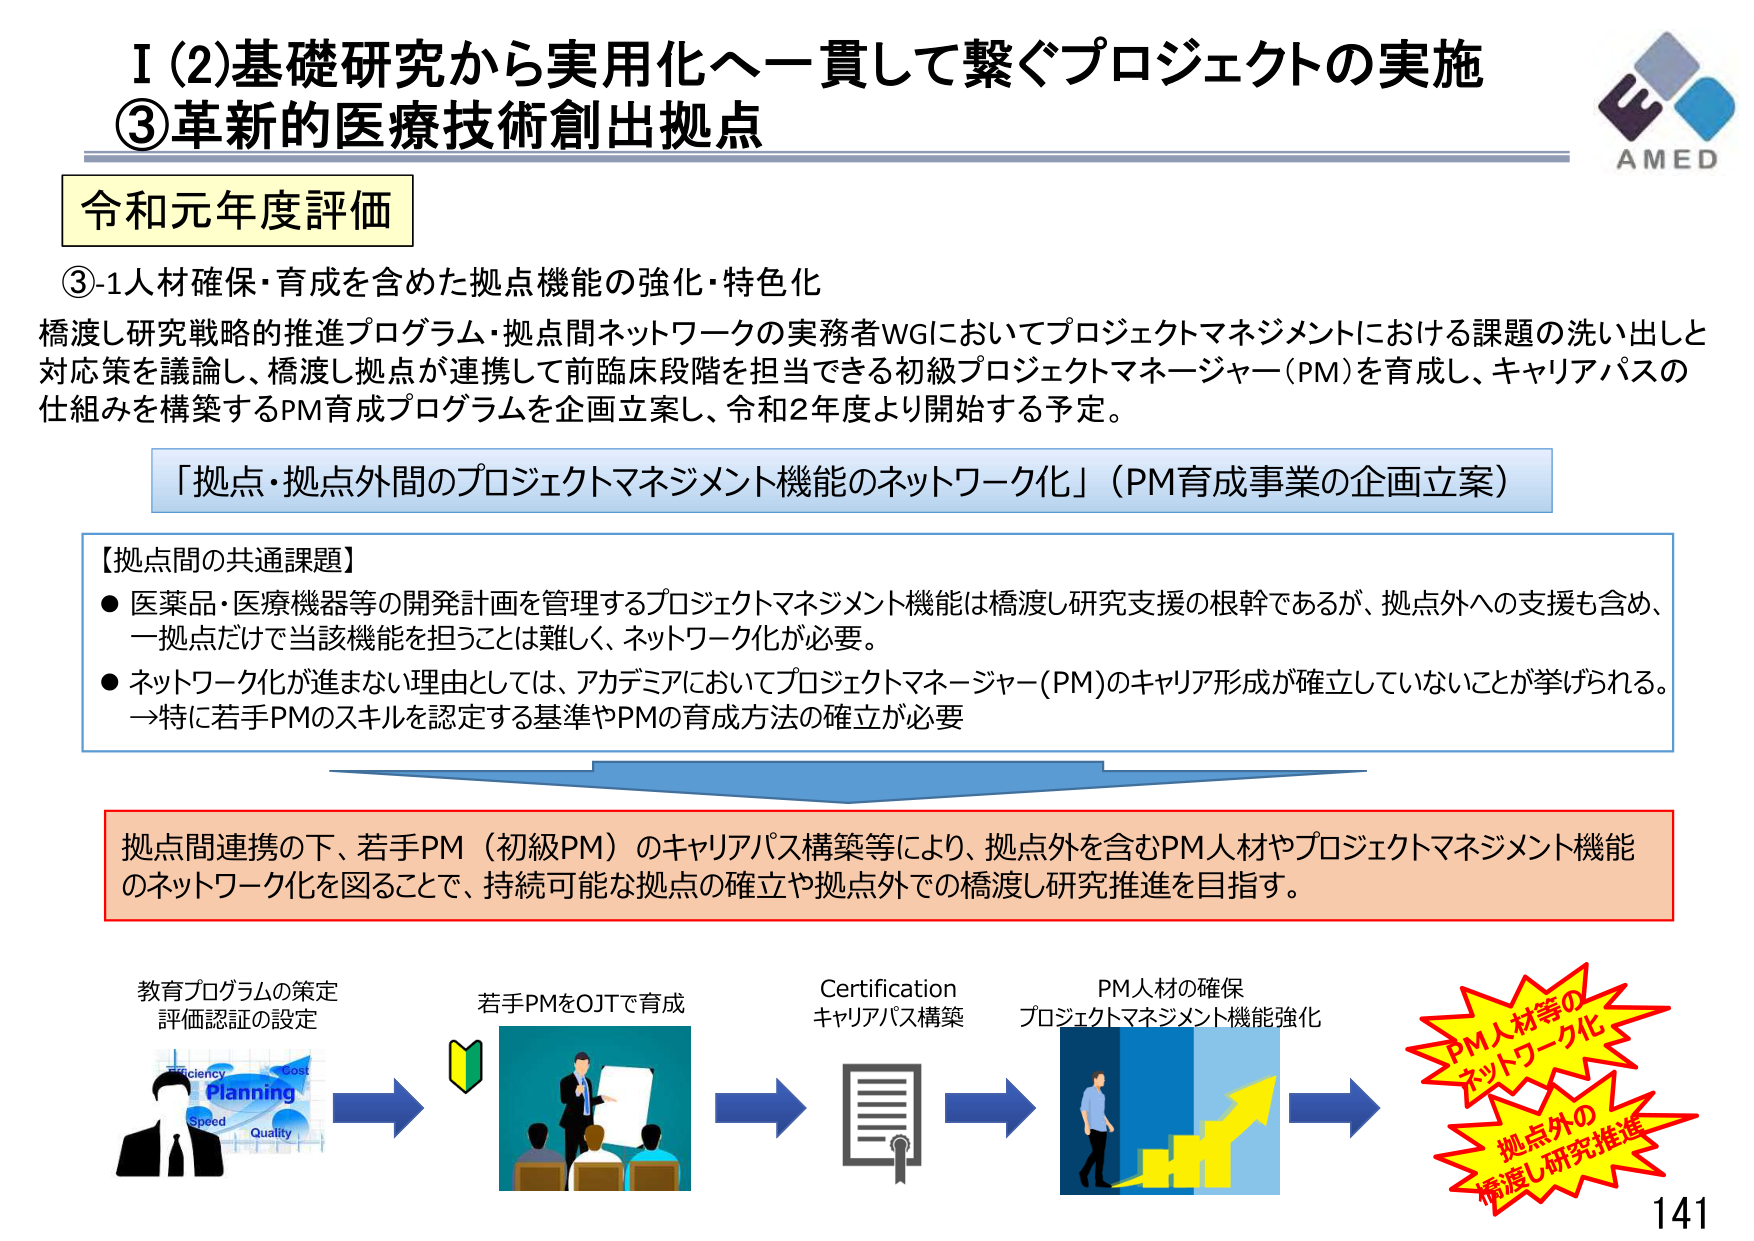
I (2)基礎研究から実用化へ一貫して繋ぐプロジェクトの実施
③革新的医療技術創出拠点

令和元年度評価

③-1人材確保・育成を含めた拠点機能の強化・特色化
橋渡し研究戦略的推進プログラム・拠点間ネットワークの実務者WGにおいてプロジェクトマネジメントにおける課題の洗い出しと対応策を議論し、橋渡し拠点が連携して前臨床段階を担当できる初級プロジェクトマネージャー(PM)を育成し、キャリアパスの仕組みを構築するPM育成プログラムを企画立案し、令和2年度より開始する予定。

「拠点・拠点外間のプロジェクトマネジメント機能のネットワーク化」（PM育成事業の企画立案）

【拠点間の共通課題】
● 医薬品・医療機器等の開発計画を管理するプロジェクトマネジメント機能は橋渡し研究支援の根幹であるが、拠点外への支援も含め、一拠点だけで当該機能を担うことは難しく、ネットワーク化が必要。
● ネットワーク化が進まない理由としては、アカデミアにおいてプロジェクトマネージャー(PM)のキャリア形成が確立していないことが挙げられる。
→特に若手PMのスキルを認定する基準やPMの育成方法の確立が必要

拠点間連携の下、若手PM（初級PM）のキャリアパス構築等により、拠点外を含むPM人材やプロジェクトマネジメント機能のネットワーク化を図ることで、持続可能な拠点の確立や拠点外での橋渡し研究推進を目指す。

教育プログラムの策定
評価認証の設定

Efficiency
Planning
Speed
Quality
Cost

若手PMをOJTで育成

Certification
キャリアパス構築

PM人材の確保
プロジェクトマネジメント機能強化

PM人材等の
ネットワーク化
拠点外の
橋渡し研究推進

AMED
141